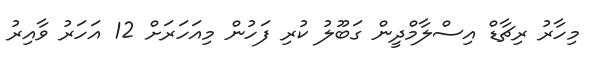
މިހާރު ރިޗާޑް އިސްލާމްދީން ގަބޫލު ކުރި ފަހުން މިއަހަރަށް 12 އަހަރު ވާއިރު